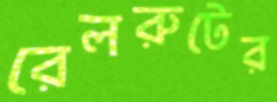
রেলরুটের